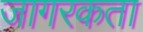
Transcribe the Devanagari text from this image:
जागरकता